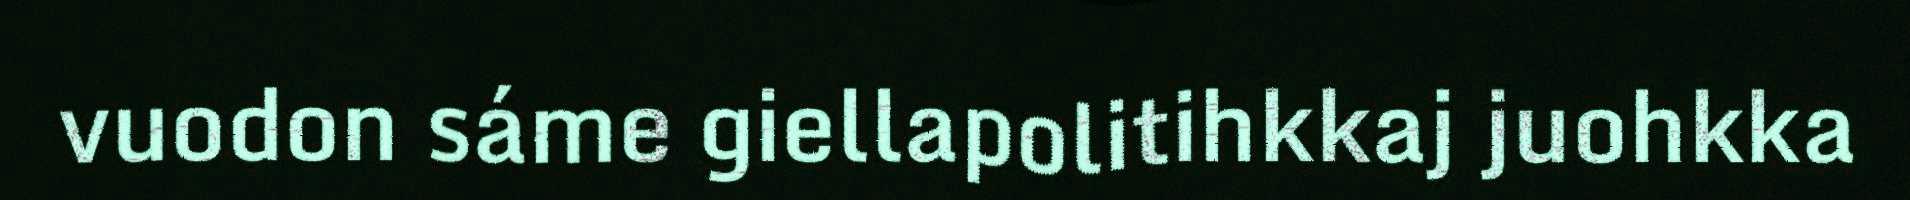
vuodon sáme giellapolitihkkaj juohkka